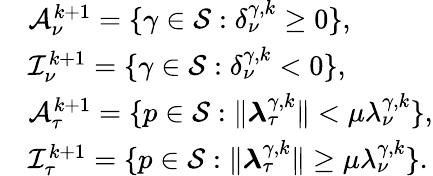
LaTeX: \begin{array}{rl}&{{\cal A}_{\nu}^{k+1}=\{ \gamma\in{\cal S}:\delta_{\nu}^{\gamma,k}\geq 0\} ,}\\ &{{\cal I}_{\nu}^{k+1}=\{ \gamma\in{\cal S}:\delta_{\nu}^{\gamma,k}<0\} ,}\\ &{{\cal A}_{\tau}^{k+1}=\{ p\in{\cal S}:\| \boldsymbol\lambda_{\tau}^{\gamma,k}\| <\mu\lambda_{\nu}^{\gamma,k}\} ,}\\ &{{\cal I}_{\tau}^{k+1}=\{ p\in{\cal S}:\| \boldsymbol\lambda_{\tau}^{\gamma,k}\| \ge\mu\lambda_{\nu}^{\gamma,k}\} .}\end{array}